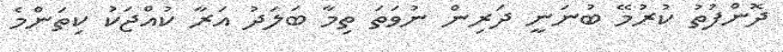
ދޮންފުތު ކުރުމޭ ބުނަނީ ދަރިން ނުވަތަ ތިމާ ބަލަދު އަރާ ކުއްޖަކު ކިތަންމެ